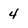
Character: 4